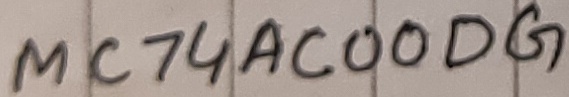
Text: MC74AC00DG